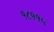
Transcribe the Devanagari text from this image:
१८११५